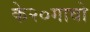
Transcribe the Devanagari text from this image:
के२०गावो